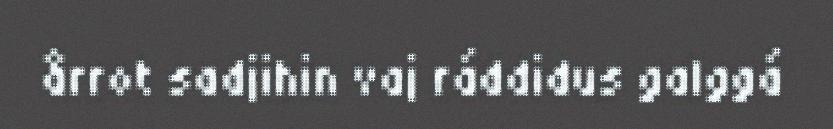
årrot sadjihin vaj ráddidus galggá